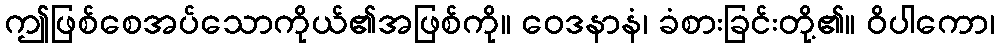
ဤဖြစ်စေအပ်သောကိုယ်၏အဖြစ်ကို။ ဝေဒနာနံ၊ ခံစားခြင်းတို့၏။ ဝိပါကော၊